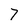
Character: 7